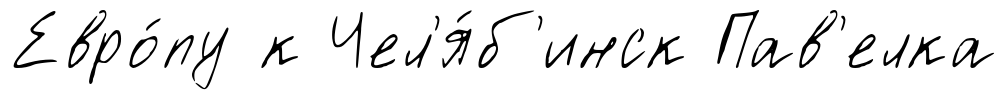
Евро́пу к Чел'я́б'инск Пав'елка